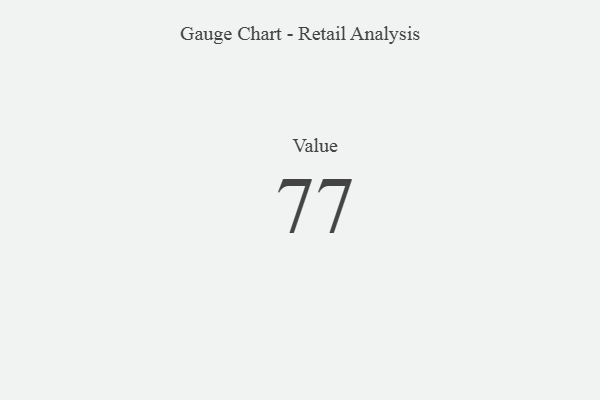
{"axis": {"x": "Metric", "y": "Value"}, "legend": [""], "data": [{"x": "Value", "y": 77, "type": ""}]}